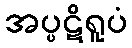
အပ္ပဋိရူပံ